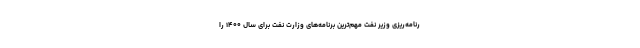
رنامه‌ریزی وزیر نفت مهم‌ترین برنامه‌های وزارت نفت برای سال ۱۴۰۰ را